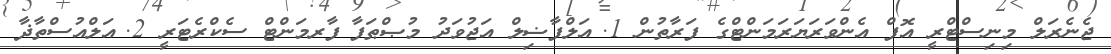
ޖެނެރަލް މިނިސްޓްރީ އޮފް އެންވަރަޔަރަމަންޓްގެ ފަރާތުން 1.	އަލްފާޟިލް އަޖުވަދު މުޞްޠަފާ	ފާރމަންޓް ސެކްރެޓަރީ 2.	އަލްއުސްތާޛާ